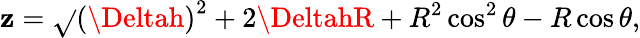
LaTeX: \mathbf{z}=\sqrt{}{{\left(\Deltah\right)^{2}+2\DeltahR+R^{2}\cos^{2}\theta}}-R\cos\theta,